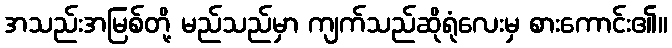
အသည်းအမြစ်တို့ မည်သည်မှာ ကျက်သည်ဆိုရုံလေးမှ စားကောင်း၏။